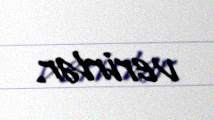
verirlər.